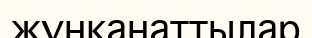
жүнқанаттылар